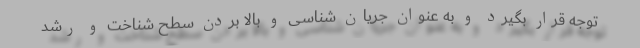
توجه قرار بگیرد و به عنوان جریان شناسی و بالا بردن سطح شناخت و رشد